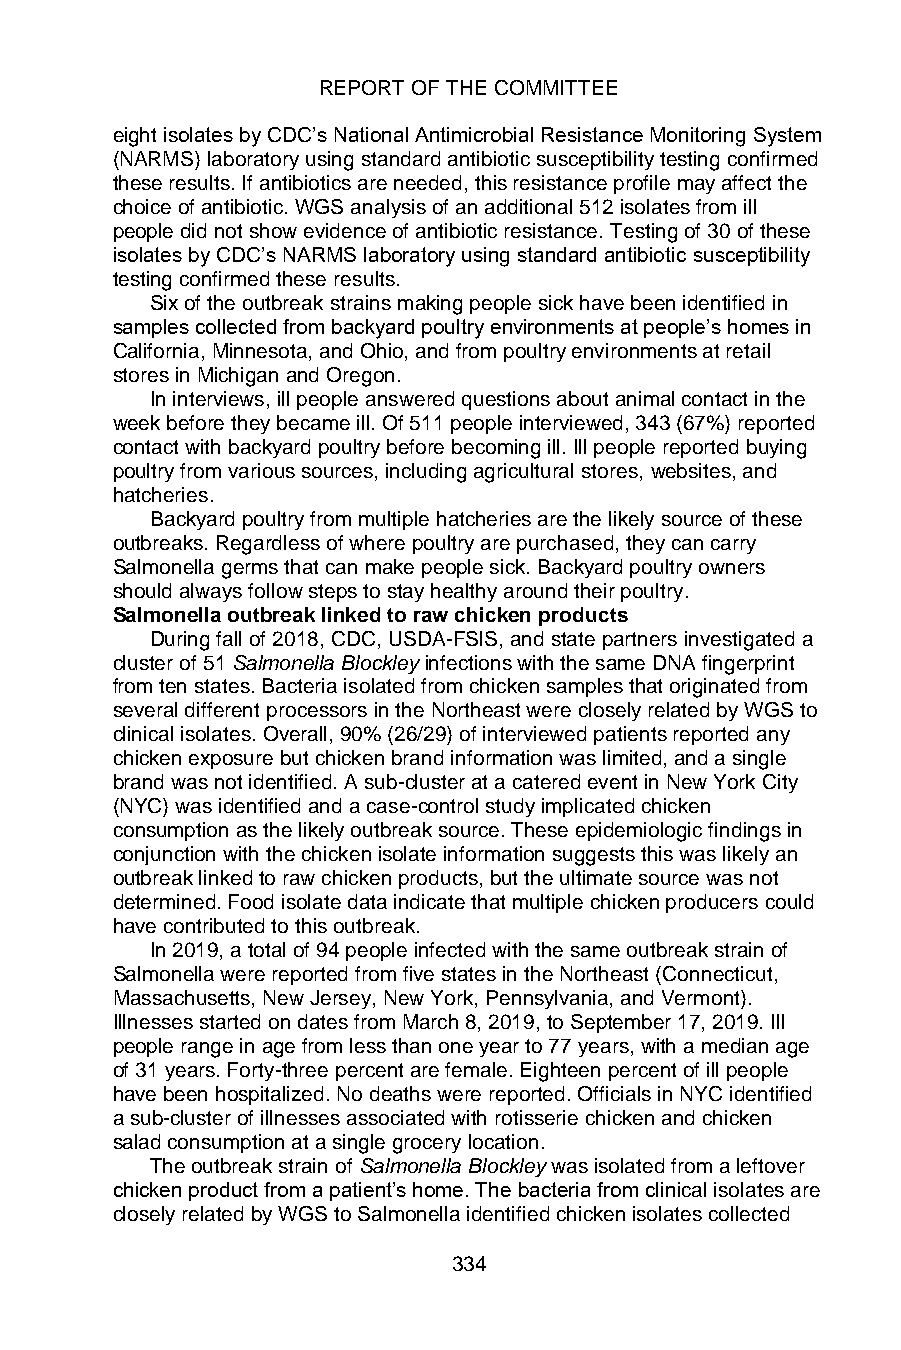
REPORT OF THE COMMITTEE
 eight isolates by CDC’s National Antimicrobial Resistance Monitoring System
 (NARMS) laboratory using standard antibiotic susceptibility testing confirmed
 these results. If antibiotics are needed, this resistance profile may affect the
 choice of antibiotic. WGS analysis of an additional 512 isolates from ill
 people did not show evidence of antibiotic resistance. Testing of 30 of these
 isolates by CDC’s NARMS laboratory using standard antibiotic susceptibility
 testing confirmed these results.
 Six of the outbreak strains making people sick have been identified in
 samples collected from backyard poultry environments at people’s homes in
 California, Minnesota, and Ohio, and from poultry environments at retail
 stores in Michigan and Oregon.
 In interviews, ill people answered questions about animal contact in the
 week before they became ill. Of 511 people interviewed, 343 (67%) reported
 contact with backyard poultry before becoming ill. Ill people reported buying
 poultry from various sources, including agricultural stores, websites, and
 hatcheries.
 Backyard poultry from multiple hatcheries are the likely source of these
 outbreaks. Regardless of where poultry are purchased, they can carry
 Salmonella germs that can make people sick. Backyard poultry owners
 should always follow steps to stay healthy around their poultry.
 Salmonella outbreak linked to raw chicken products
 During fall of 2018, CDC, USDA-FSIS, and state partners investigated a
 cluster of 51 Salmonella Blockley infections with the same DNA fingerprint
 from ten states. Bacteria isolated from chicken samples that originated from
 several different processors in the Northeast were closely related by WGS to
 clinical isolates. Overall, 90% (26/29) of interviewed patients reported any
 chicken exposure but chicken brand information was limited, and a single
 brand was not identified. A sub-cluster at a catered event in New York City
 (NYC) was identified and a case-control study implicated chicken
 consumption as the likely outbreak source. These epidemiologic findings in
 conjunction with the chicken isolate information suggests this was likely an
 outbreak linked to raw chicken products, but the ultimate source was not
 determined. Food isolate data indicate that multiple chicken producers could
 have contributed to this outbreak.
 In 2019, a total of 94 people infected with the same outbreak strain of
 Salmonella were reported from five states in the Northeast (Connecticut,
 Massachusetts, New Jersey, New York, Pennsylvania, and Vermont).
 Illnesses started on dates from March 8, 2019, to September 17, 2019. Ill
 people range in age from less than one year to 77 years, with a median age
 of 31 years. Forty-three percent are female. Eighteen percent of ill people
 have been hospitalized. No deaths were reported. Officials in NYC identified
 a sub-cluster of illnesses associated with rotisserie chicken and chicken
 salad consumption at a single grocery location.
 The outbreak strain of Salmonella Blockley was isolated from a leftover
 chicken product from a patient’s home. The bacteria from clinical isolates are
 closely related by WGS to Salmonella identified chicken isolates collected
 334